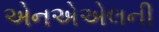
એનએએલની